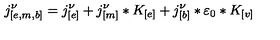
j _ { [ e , m , b ] } ^ { \nu } = j _ { [ e ] } ^ { \nu } + j _ { [ m ] } ^ { \nu } * K _ { [ e ] } + j _ { [ b ] } ^ { \nu } * \varepsilon _ { 0 } * K _ { [ v ] }